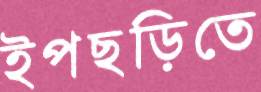
ইপছড়িতে